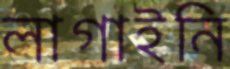
লাগাইনি